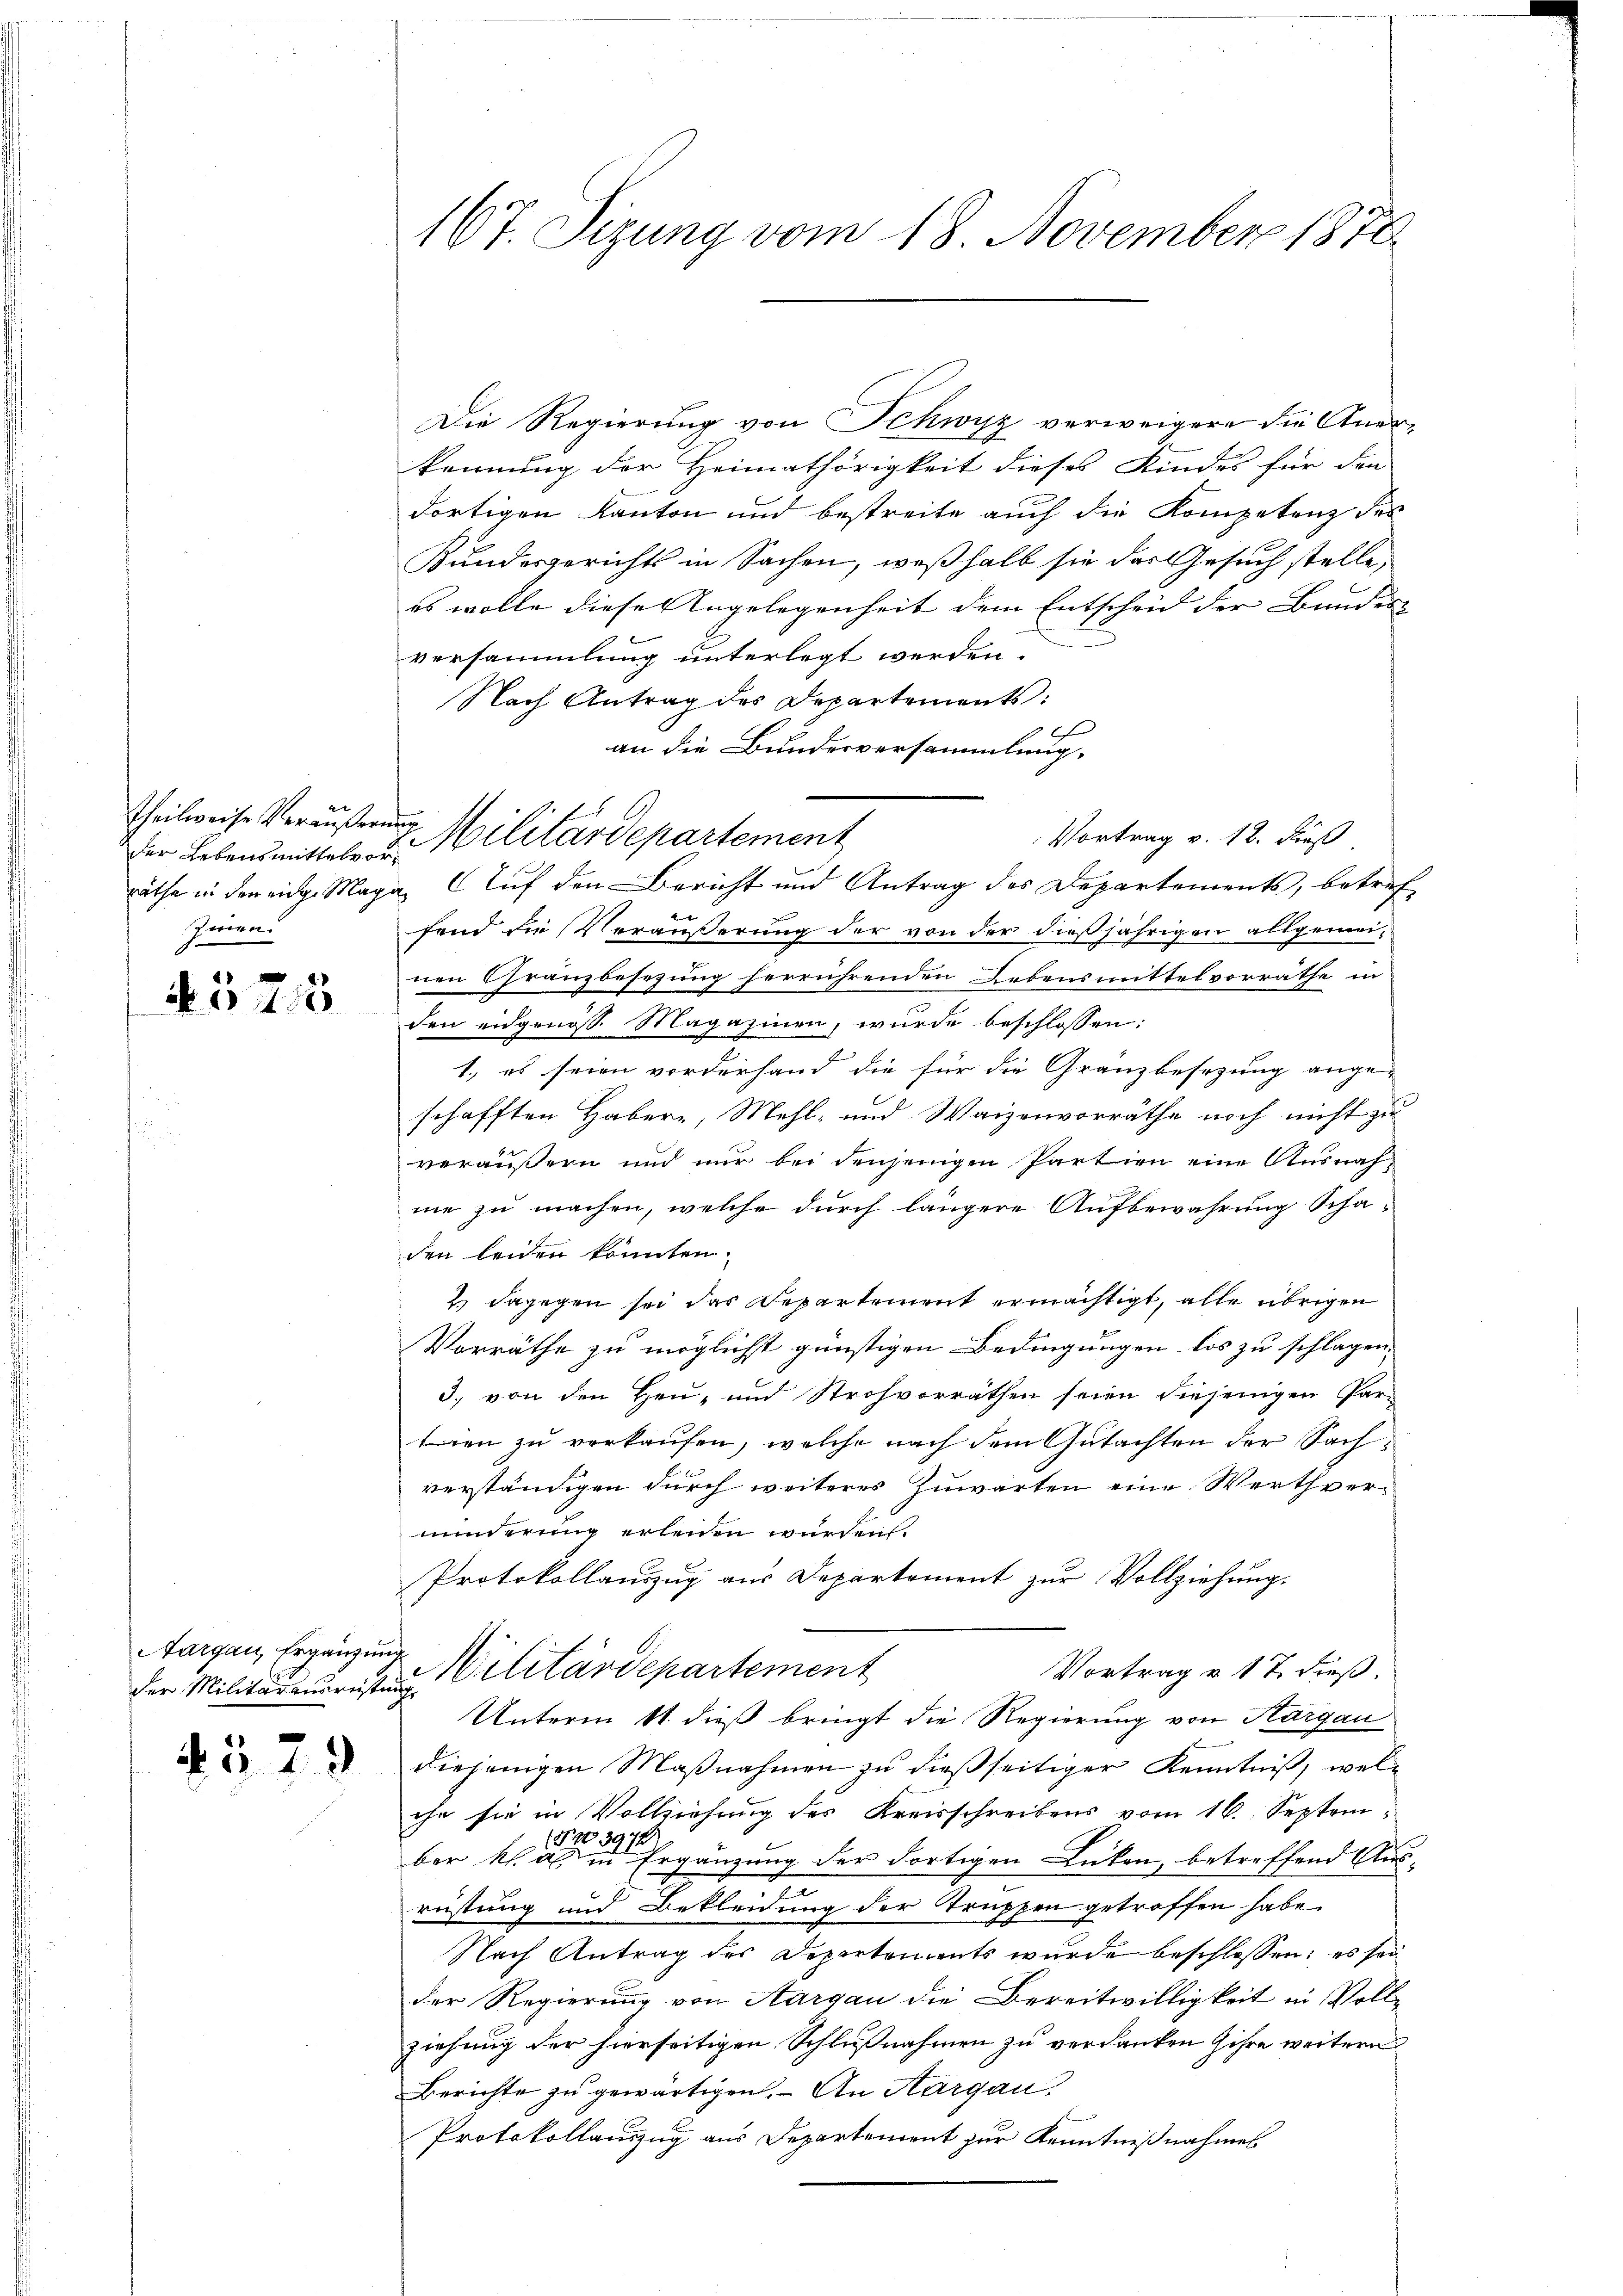
Theilweise Veräußerung
Zeinen

4
4023

Aargau, Ergänzung

4529

Die Regierung von Schwyz verweigere die Anerkennung der Heimathörigkeit dieses Kindes für den
dortigen Kanton und bestreite auch die Kompetenz des
Kundesgerichts in Sachen, weßhalb sie das Gesuch stelle,
es wolle diese Angelegenheit dem Entscheid der Bundesversammlung unterlegt werden.
Nach Antrag des Departements:
.
an die Bundesversammlung.
Vortrag v. 12. dieß
räthe in den eidg. Maga. Auf den Bericht und Antrag des Departements, betreffend die Veräußerung der von der dießjährigen allgemeinen Granzbesezung herrührenden Lebensmittelvorrathe in
den eidgenoss. Magazinen, wurde beschlossen:
1., es seien vorderhand die für die Granzbesezung ange-
schafften Haber, Mehl- und Waizenvorräthe noch nicht zu
veräußern und nur bei denjenigen Partien eine Ausnahne zu machen, welche durch längere Aufbewahrung Schaden leiden könnten.
2) dagegen sei das Departement ermächtigt, alle übrigen
Vorräthe zu möglichst günstigen Bedingungen los zu schlagen.
3. von den Heu- und Strohvorräthen seien diejenigen Partien zu verkaufen, welche nach dem Gutachten der Sachverständigen durch weiteres Zuwarten eine Werthverminderung erleiden würden.
Protokollauszug aus Departement zur Vollziehung.
Vortrag v. 17. dieß.
der Militärmonisten Vilitärdepartement
Unterm 11. dieß bringt die Regierung von Aargau
diejenigen Maßnahmen zu dießseitiger Kenntniß, welihe sie in Vollziehung des Kreisschreibens vom 16. September sehr eine eine Ergänzung der dortigen Lücken, betreffend Ause
reistung und Bekleidung der Truppen getroffen habe.
Nach Antrag des Departements wurde beschlossen; es sei
der Regierung von Aargau die Bereitwilligkeit in Vollziehung der hierseitigen Schlußnahmen zu verdanken ihre weitern
Berichte zu gewärtigen. An Aargau.
Protokollauszug aus Departement zur Kenntnißnahmes

167. Sizung vom 18. November 1870.

der Lebensmitteln in Militärdepartement